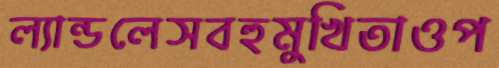
ল্যান্ডলেসবহুমুখিতাওপ